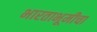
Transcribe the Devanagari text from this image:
भारताभूमीचा